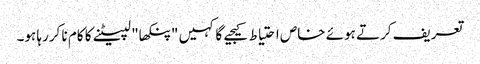
تعریف کرتے ہوئے خاص احتیاط کیجیے گا کہیں "پنکھا" لپیٹنے کا کام نا کررہا ہو۔